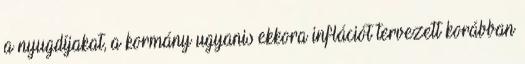
a nyugdíjakat, a kormány ugyanis ekkora inflációt tervezett korábban